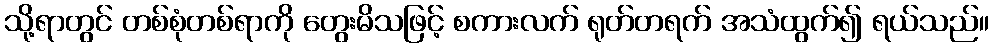
သို့ရာတွင် တစ်စုံတစ်ရာကို တွေးမိသဖြင့် စကားလက် ရုတ်တရက် အသံထွက်၍ ရယ်သည်။